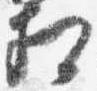
相